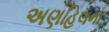
અણહિલના